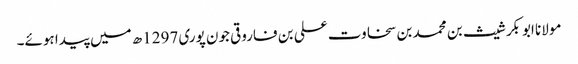
مولانا ابوبکر شیث بن محمد بن سخاوت علی بن فاروقی جون پوری 1297ھ میں پیدا ہوئے۔